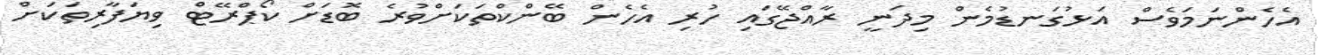
އެހެންނަމަވެސް އަޅުގަނޑުމެން މިދަނީ ރާއްޖޭގައި ހުރި އެހެން ބޭންކްތަކަށްވުރެ ބޮޑަށް ކޯޕްރޭޓް ވިޔަފާރިތަކަށް